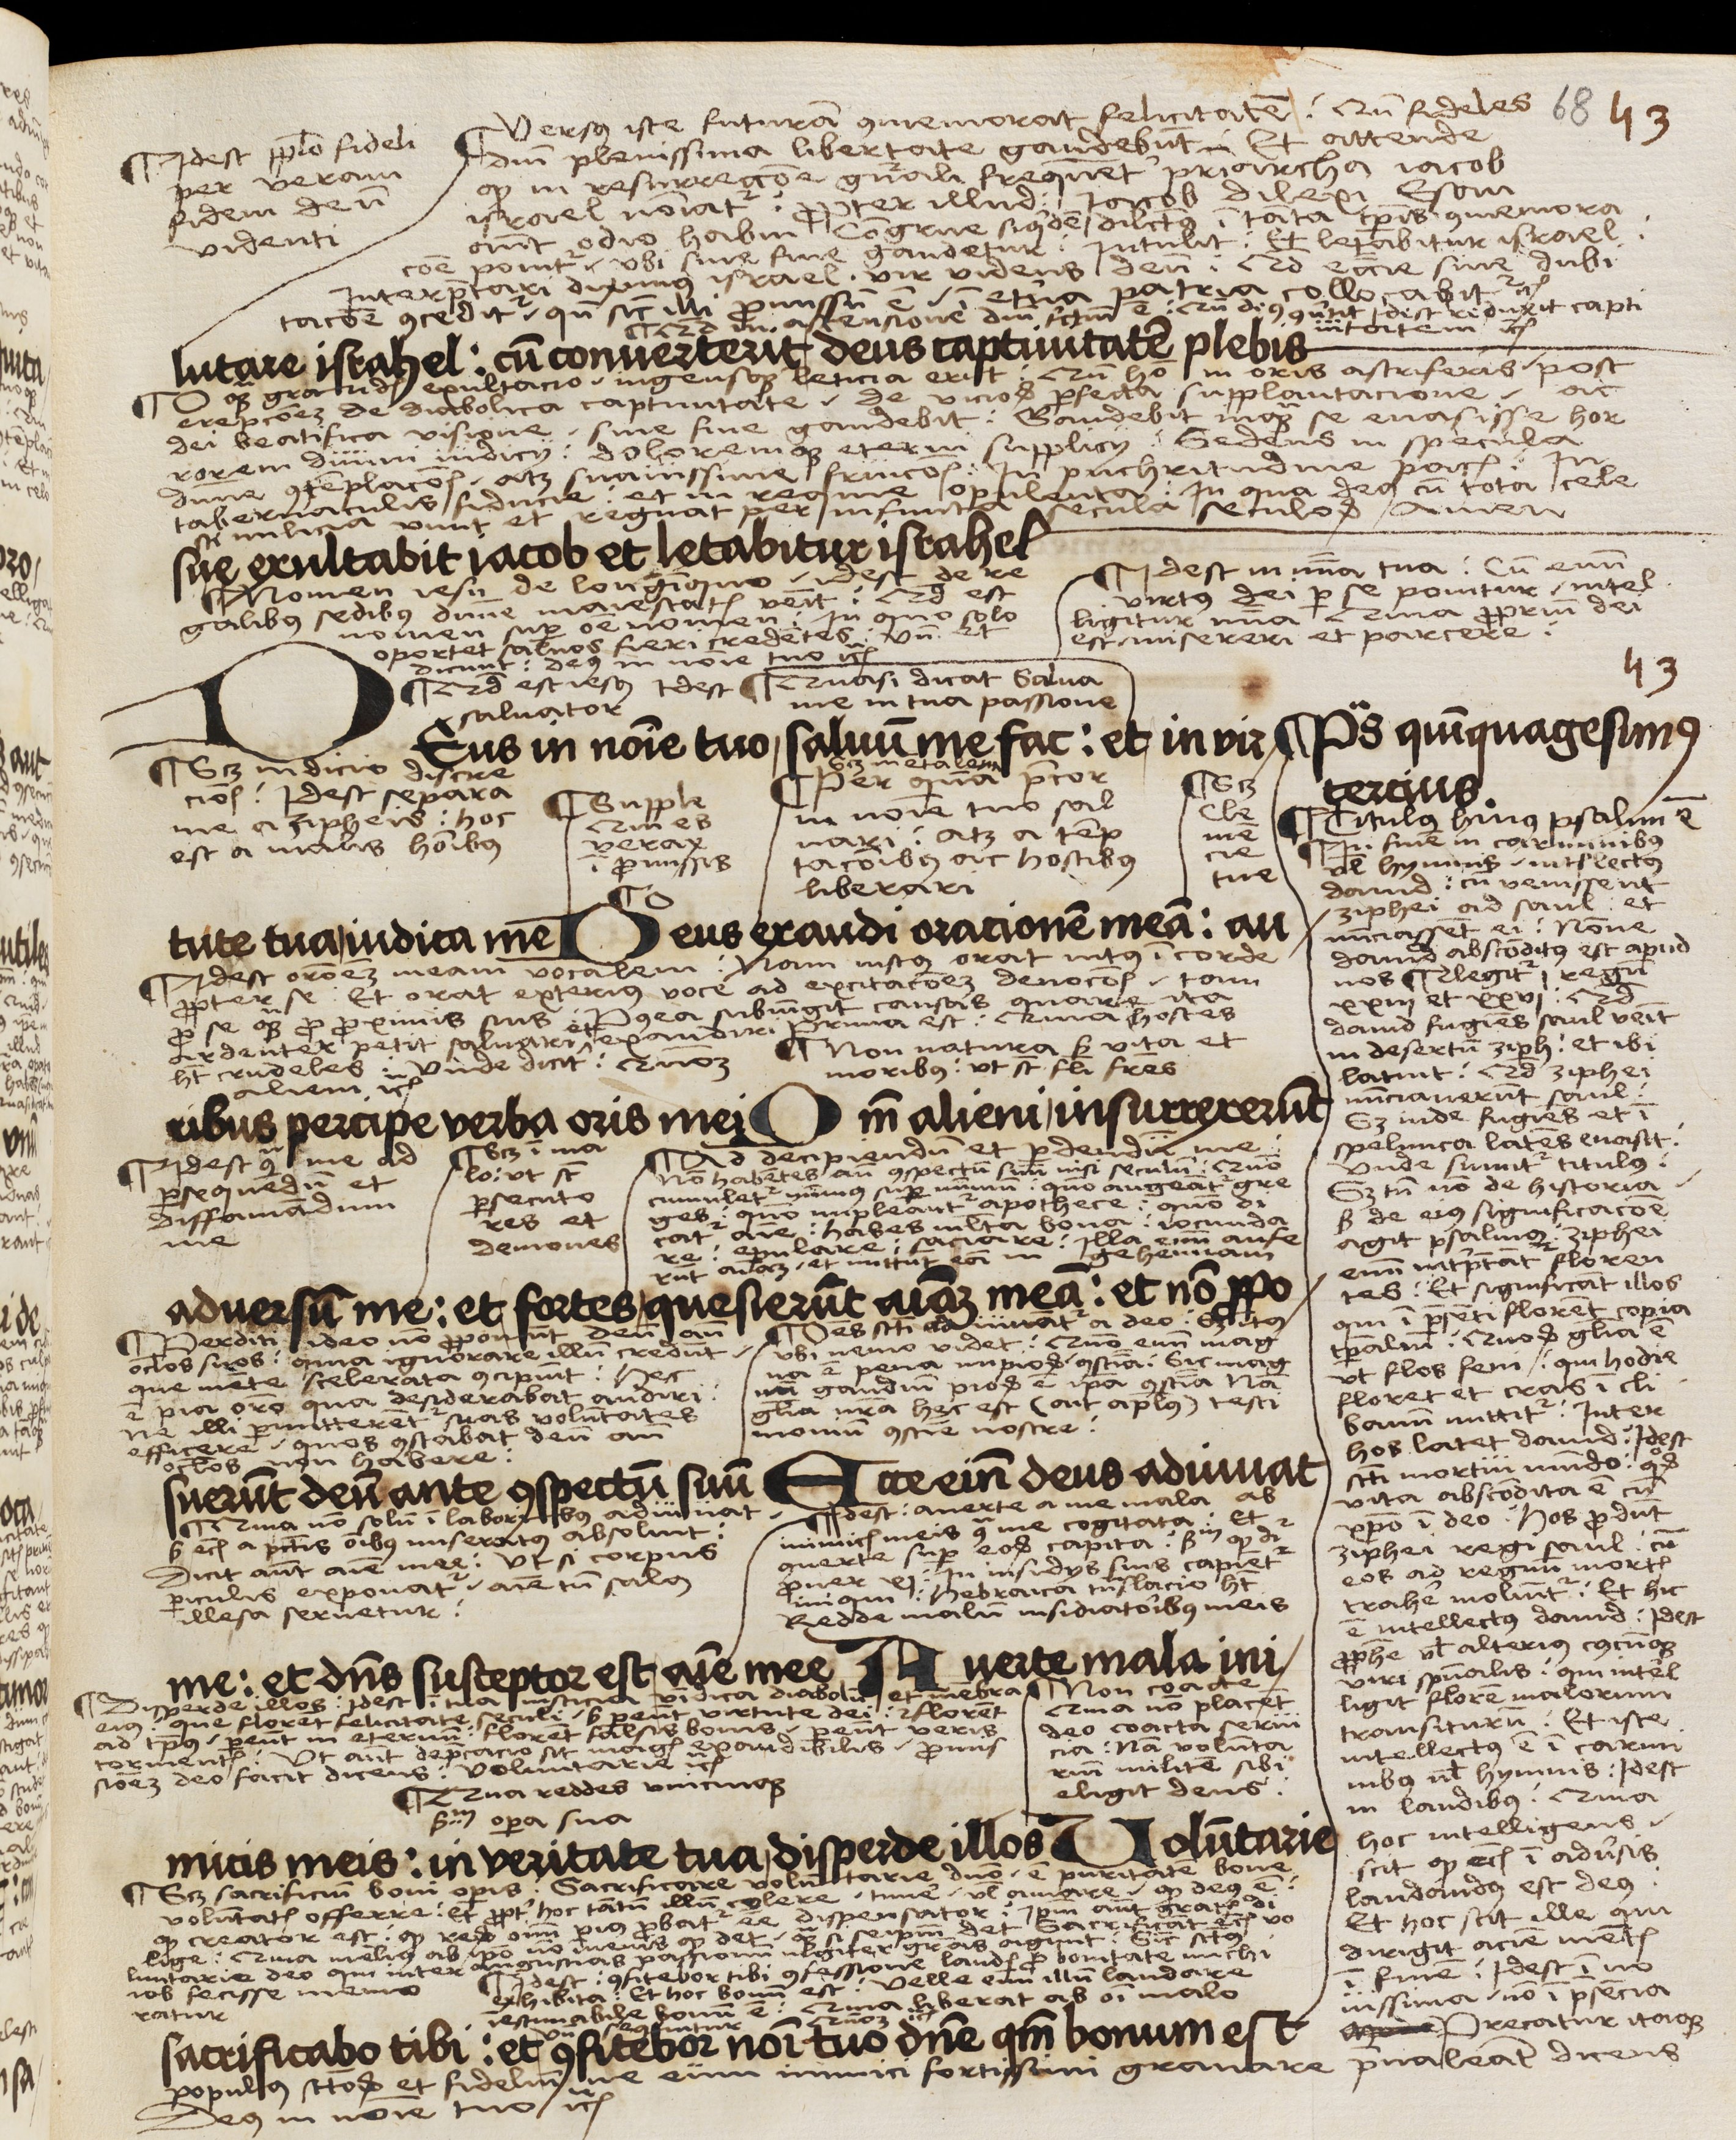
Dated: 1503–1503